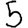
Digit: 5